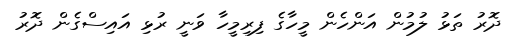
ދޮރު ތަޅު ލުމުން އަންހެން މީހާގެ ފިރިމީހާ ވަނީ ރުޅި އައިސްގެން ދޮރު